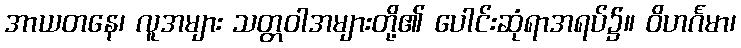
အာယတနေ၊ လူအများ သတ္တဝါအများတို့၏ ပေါင်းဆုံရာအရပ်၌။ ဝိဟင်္ဂမာ၊